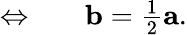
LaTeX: \begin{array}{rl}{\Leftrightarrow}&{{}\quad\mathbf{b}=\frac{1}{2}\mathbf{a}.}\end{array}